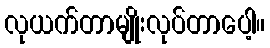
လုယက်တာမျိုးလုပ်တာပေါ့။